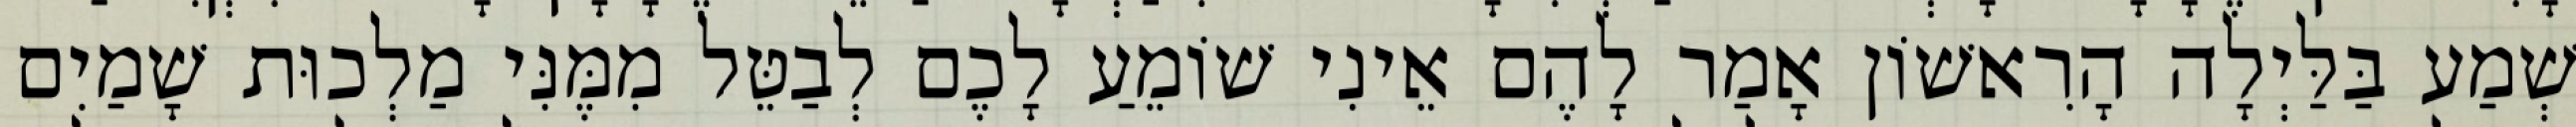
שְׁמַע בַּלַּיְלָה הָרִאשׁוֹן אָמַר לָהֶם אֵינִי שׁוֹמֵעַ לָכֶם לְבַטֵּל מִמֶּנִּי מַלְכוּת שָׁמַיִם